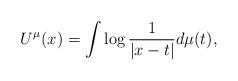
LaTeX: \begin{align*} U^\mu(x)=\int\log\frac{1}{|x-t|}d\mu(t),\end{align*}